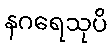
နဂရေသုပိ